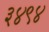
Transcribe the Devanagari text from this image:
३४९४